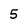
Character: 5